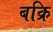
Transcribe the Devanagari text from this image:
बक्रि